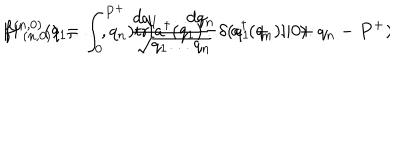
| \Psi _ { ( n , 0 ) } \rangle = \int _ { 0 } ^ { P ^ { + } } { \frac { d q _ { 1 } \dots d q _ { n } } { \sqrt { q _ { 1 } . . . q _ { n } } } } \delta ( q _ { 1 } + \cdots + q _ { n } - P ^ { + } ) \hspace { 1 m m } f ^ { ( n , 0 ) } ( q _ { 1 } , \dots , q _ { n } ) \mathrm { t r } [ a ^ { \dagger } ( q _ { 1 } ) \dots a ^ { \dagger } ( q _ { n } ) ] | 0 \rangle .